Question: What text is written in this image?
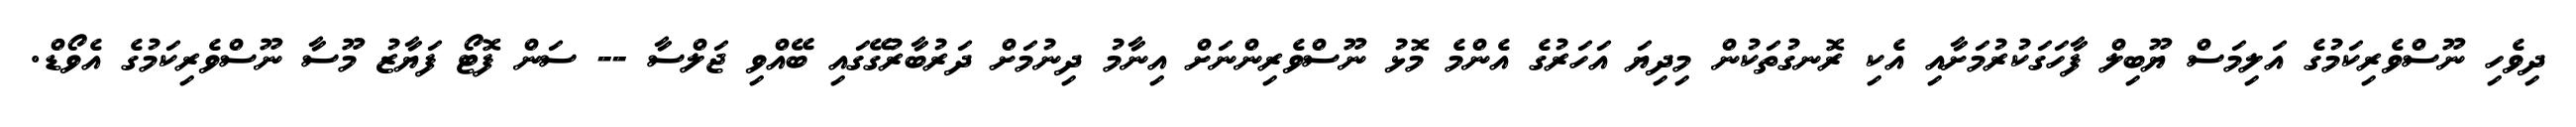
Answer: ދިވެހި ނޫސްވެރިކަމުގެ އަލިމަސް ޔޫބިލް ފާހަގަކުރުމަށާއި އެކި ރޮނގުތަކުން މިދިޔަ އަހަރުގެ އެންމެ މޮޅު ނޫސްވެރިންނަށް އިނާމު ދިނުމަށް ދަރުބާރުގޭގައި ބޭއްވި ޖަލްސާ -- ސަން ފޮޓޯ ފަޔާޒު މޫސާ ނޫސްވެރިކަމުގެ އެވޯޑް.